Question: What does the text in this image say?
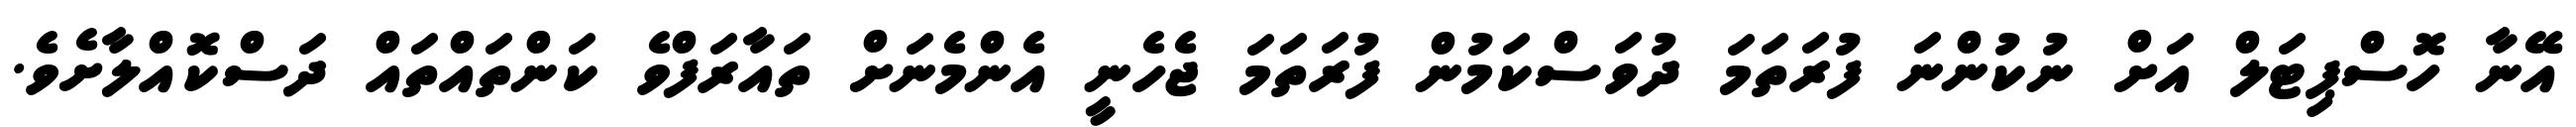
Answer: އޭނާ ހޮސްޕިޓަލް އަށް ނުކުންނަ ފުރަތަމަ ދުވަސްކަމުން ފުރަތަމަ ޖެހެނީ އެންމެނަށް ތައާރަފްވެ ކަންތައްތައް ދަސްކޮއްލާށެވެ.